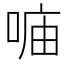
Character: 𠶦